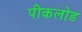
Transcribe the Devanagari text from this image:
पीकलोड